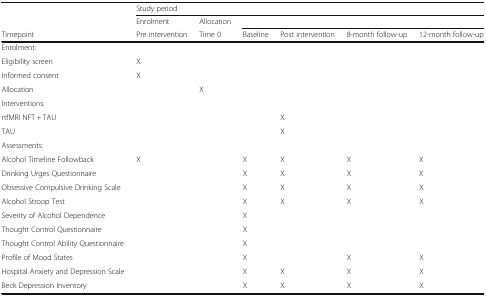
<table><thead><tr><td rowspan="2"></td><td colspan="6"><b>Study period</b></td></tr><tr><td><b>Enrolment</b></td><td><b>Allocation</b></td><td colspan="4"></td></tr><tr><td><b>Timepoint</b></td><td><b>Pre intervention</b></td><td><b>Time 0</b></td><td><b>Baseline</b></td><td><b>Post intervention</b></td><td><b>8-month follow-up</b></td><td><b>12-month follow-up</b></td></tr></thead><tbody><tr><td colspan="7">Enrolment:</td></tr><tr><td>Eligibility screen</td><td>X</td><td></td><td></td><td></td><td></td><td></td></tr><tr><td>Informed consent</td><td>X</td><td></td><td></td><td></td><td></td><td></td></tr><tr><td>Allocation</td><td></td><td>X</td><td></td><td></td><td></td><td></td></tr><tr><td colspan="7">Interventions:</td></tr><tr><td>rtfMRI NFT + TAU</td><td></td><td></td><td></td><td>X</td><td></td><td></td></tr><tr><td>TAU</td><td></td><td></td><td></td><td>X</td><td></td><td></td></tr><tr><td colspan="7">Assessments:</td></tr><tr><td>Alcohol Timeline Followback</td><td>X</td><td></td><td>X</td><td>X</td><td>X</td><td>X</td></tr><tr><td>Drinking Urges Questionnaire</td><td></td><td></td><td>X</td><td>X</td><td>X</td><td>X</td></tr><tr><td>Obsessive Compulsive Drinking Scale</td><td></td><td></td><td>X</td><td>X</td><td>X</td><td>X</td></tr><tr><td>Alcohol Stroop Test</td><td></td><td></td><td>X</td><td>X</td><td>X</td><td>X</td></tr><tr><td>Severity of Alcohol Dependence</td><td></td><td></td><td>X</td><td></td><td></td><td></td></tr><tr><td>Thought Control Questionnaire</td><td></td><td></td><td>X</td><td></td><td></td><td></td></tr><tr><td>Thought Control Ability Questionnaire</td><td></td><td></td><td>X</td><td></td><td></td><td></td></tr><tr><td>Profile of Mood States</td><td></td><td></td><td>X</td><td></td><td>X</td><td>X</td></tr><tr><td>Hospital Anxiety and Depression Scale</td><td></td><td></td><td>X</td><td>X</td><td>X</td><td>X</td></tr><tr><td>Beck Depression Inventory</td><td></td><td></td><td>X</td><td>X</td><td>X</td><td>X</td></tr></tbody></table>